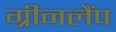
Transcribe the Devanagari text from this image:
ग्रीनलैंप